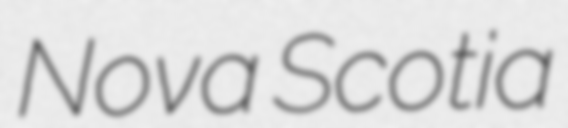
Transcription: Nova Scotia